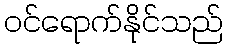
ဝင်ရောက်နိုင်သည်